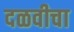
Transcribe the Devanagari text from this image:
दळवीचा